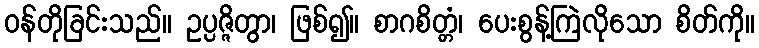
ဝန်တိုခြင်းသည်။ ဥပ္ပဇ္ဇိတွာ၊ ဖြစ်၍။ စာဂစိတ္တံ၊ ပေးစွန့်ကြဲလိုသော စိတ်ကို။